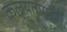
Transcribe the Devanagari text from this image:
कलयतामहम्।